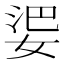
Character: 𱙘